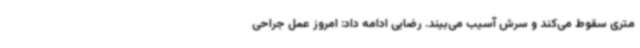
متری سقوط می‌کند و سرش آسیب می‌بیند. رضایی ادامه داد: امروز عمل جراحی